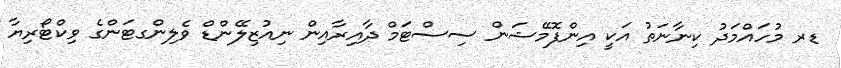
ޑރ މުހައްމަދު ކިނާނަތު އަކީ އިންފޮމޭޝަން ސިސްޓަމް ދާއިރާއިން ނިއުޒިލޭންޑް ވެލިންގޓަންގެ ވިކްޓޯރިޔާ